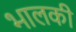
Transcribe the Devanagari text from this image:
भालकी